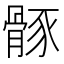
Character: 𩩒